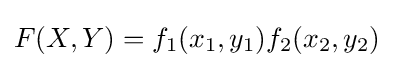
F(X,Y)=f_{1}(x_{1},y_{1})f_{2}(x_{2},y_{2})